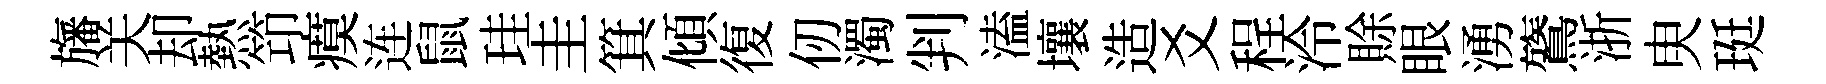
旛关却熱笻瘼连鼠珪圭箕傾復仞濁判溘壤造爻程泠賖眼湧鷟浙㬰珽